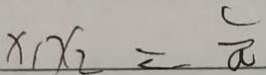
x _ { 1 } x _ { 2 } = \frac { c } { a }